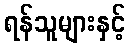
ရန်သူများနှင့်